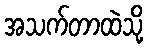
အသက်တာထဲသို့